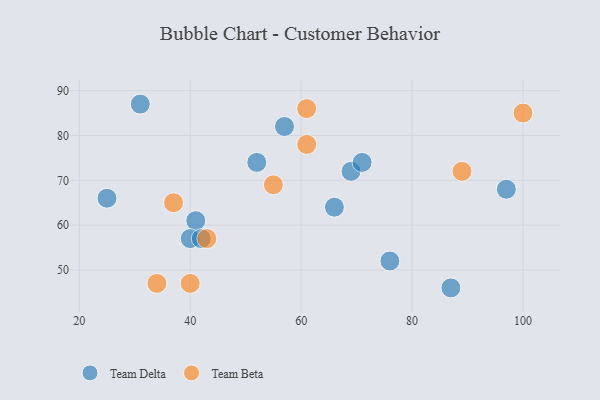
{"axis": {"x": "GDP", "y": "Life Expectancy"}, "legend": ["Team Beta", "Team Delta"], "data": [{"x": "76", "y": 52, "type": "Team Delta"}, {"x": "66", "y": 64, "type": "Team Delta"}, {"x": "41", "y": 61, "type": "Team Delta"}, {"x": "25", "y": 66, "type": "Team Delta"}, {"x": "57", "y": 82, "type": "Team Delta"}, {"x": "97", "y": 68, "type": "Team Delta"}, {"x": "69", "y": 72, "type": "Team Delta"}, {"x": "52", "y": 74, "type": "Team Delta"}, {"x": "31", "y": 87, "type": "Team Delta"}, {"x": "71", "y": 74, "type": "Team Delta"}, {"x": "87", "y": 46, "type": "Team Delta"}, {"x": "40", "y": 57, "type": "Team Delta"}, {"x": "42", "y": 57, "type": "Team Delta"}, {"x": "37", "y": 65, "type": "Team Beta"}, {"x": "61", "y": 86, "type": "Team Beta"}, {"x": "43", "y": 57, "type": "Team Beta"}, {"x": "89", "y": 72, "type": "Team Beta"}, {"x": "55", "y": 69, "type": "Team Beta"}, {"x": "34", "y": 47, "type": "Team Beta"}, {"x": "61", "y": 78, "type": "Team Beta"}, {"x": "100", "y": 85, "type": "Team Beta"}, {"x": "40", "y": 47, "type": "Team Beta"}]}